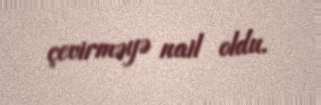
çevirməyə nail oldu.